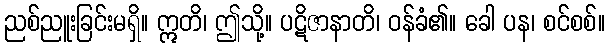
ညစ်ညူးခြင်းမရှိ။ ဣတိ၊ ဤသို့။ ပဋိဇာနာတိ၊ ဝန်ခံ၏။ ခေါ ပန၊ စင်စစ်။